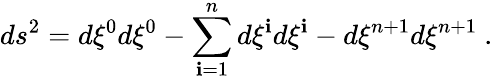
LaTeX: ds^{2}=d\xi^{0}d\xi^{0}-\sum_{\mathbf{i}=1}^{n}d\xi^{\mathbf{i}}d\xi^{\mathbf{i}}-d\xi^{n+1}d\xi^{n+1}~.